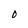
Character: O